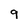
Character: 9